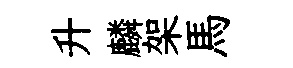
升麟架馬